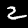
Label: 2